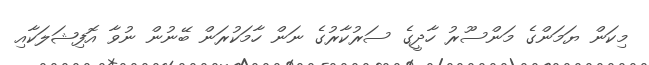
މިކަން ޔަމަންގެ މަންސޫރު ހާދީގެ ސަރުކާރުގެ ނަން ހާމަކުރަން ބޭނުން ނުވާ އޮފިޝަލަކާއި